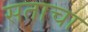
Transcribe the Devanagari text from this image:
सताचा